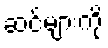
ဆင်များကို